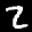
Label: 2